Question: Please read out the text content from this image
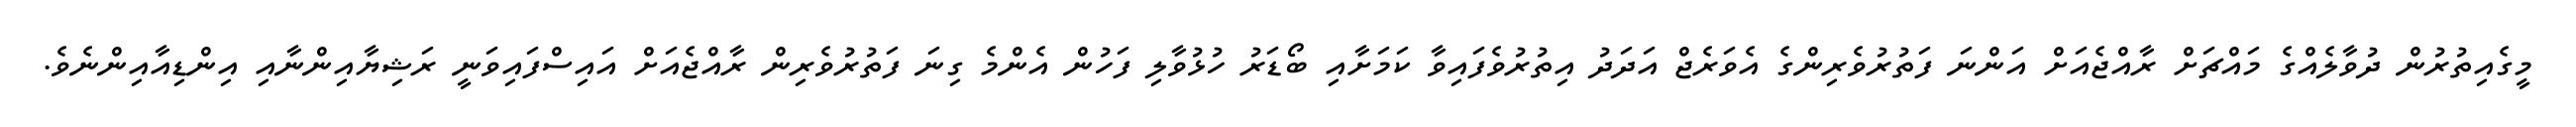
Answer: މީގެއިތުރުން ދުވާލެއްގެ މައްޗަށް ރާއްޖެއަށް އަންނަ ފަތުރުވެރިންގެ އެވަރެޖް އަދަދު އިތުރުވެފައިވާ ކަމަށާއި ބޯޑަރު ހުޅުވާލި ފަހުން އެންމެ ގިނަ ފަތުރުވެރިން ރާއްޖެއަށް އައިސްފައިވަނީ ރަޝިޔާއިންނާއި އިންޑިއާއިންނެވެ.